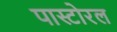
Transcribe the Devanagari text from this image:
पास्टोरल